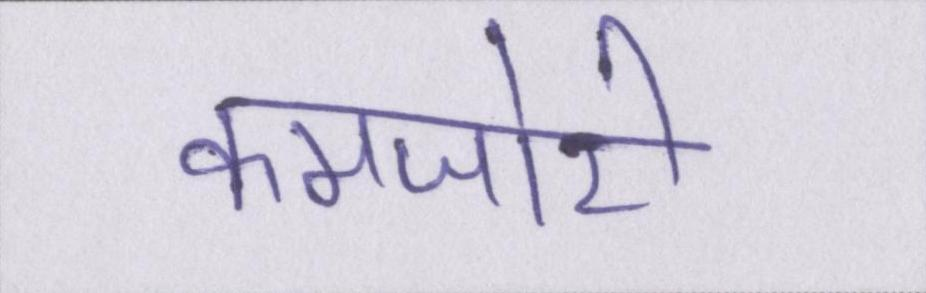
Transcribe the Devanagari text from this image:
कमजोरी